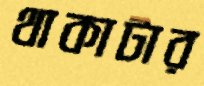
থাকাটার